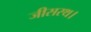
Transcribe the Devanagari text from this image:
जीसरथ।